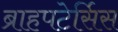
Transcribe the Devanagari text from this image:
ब्राहपटेर्सिस